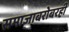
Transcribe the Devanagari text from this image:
समाजाबरोबरही